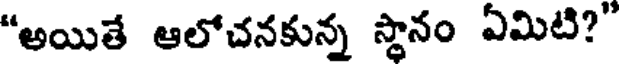
"అయితే ఆలోచనకున్న స్థానం ఏమిటి?"